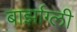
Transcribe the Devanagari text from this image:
बार्झाग्ली